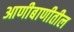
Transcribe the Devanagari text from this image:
आणीबाणीतील